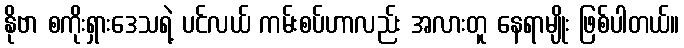
နိုဗာ စကိုးရှားဒေသရဲ့ ပင်လယ် ကမ်းစပ်ဟာလည်း အလားတူ နေရာမျိုး ဖြစ်ပါတယ်။